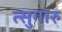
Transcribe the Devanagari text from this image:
त्सुगारु